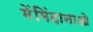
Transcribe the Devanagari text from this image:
मेंमिंदानाओ